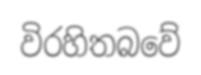
විරහිතබවේ